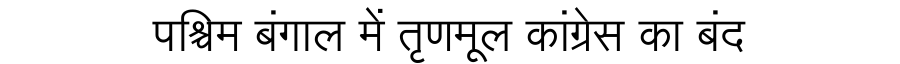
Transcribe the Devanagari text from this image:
पश्चिम बंगाल में तृणमूल कांग्रेस का बंद